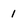
Character: 1